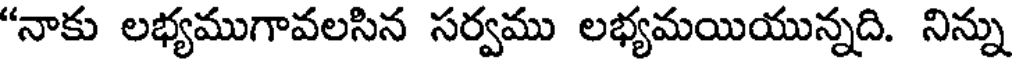
"నాకు లభ్యముగావలసిన సర్వము లభ్యమయియున్నది. నిన్ను